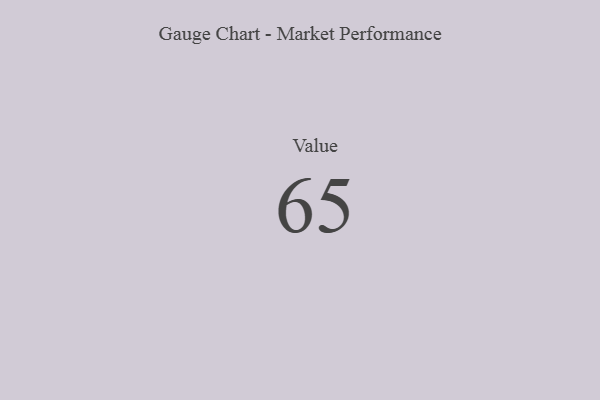
{"axis": {"x": "Metric", "y": "Value"}, "legend": [""], "data": [{"x": "Value", "y": 65, "type": ""}]}